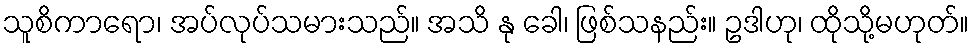
သူစိကာရော၊ အပ်လုပ်သမားသည်။ အသိ နု ခေါ၊ ဖြစ်သနည်း။ ဥဒါဟု၊ ထိုသို့မဟုတ်။